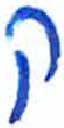
אות: ק